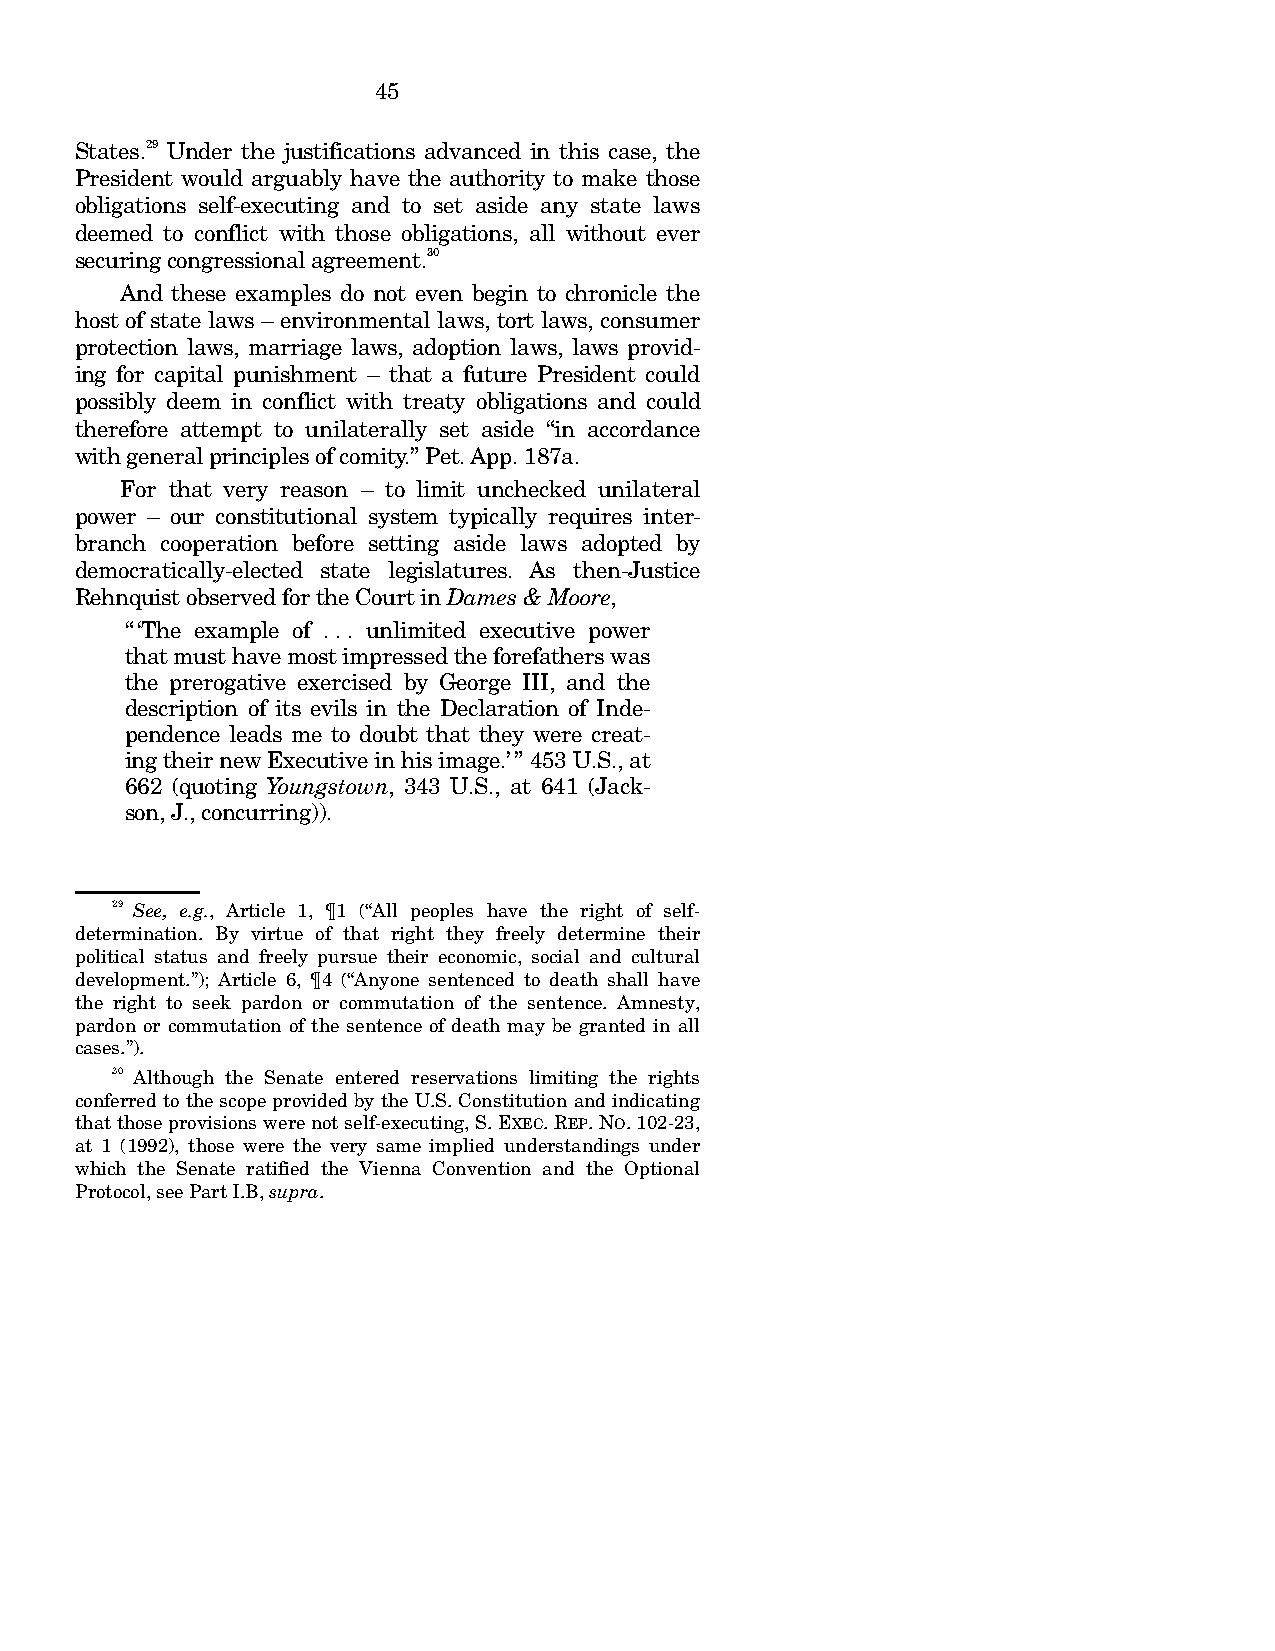
45
 States.29 Under the justifications advanced in this case, the
 President would arguably have the authority to make those
 obligations self-executing and to set aside any state laws
 deemed to conflict with those obligations, all without ever
 securing congressional agreement.30
 And these examples do not even begin to chronicle the
 host of state laws – environmental laws, tort laws, consumer
 protection laws, marriage laws, adoption laws, laws provid-
 ing for capital punishment – that a future President could
 possibly deem in conflict with treaty obligations and could
 therefore attempt to unilaterally set aside “in accordance
 with general principles of comity.” Pet. App. 187a.
 For that very reason – to limit unchecked unilateral
 power – our constitutional system typically requires inter-
 branch cooperation before setting aside laws adopted by
 democratically-elected state legislatures. As then-Justice
 Rehnquist observed for the Court in Dames & Moore,
 “‘The example of . . . unlimited executive power
 that must have most impressed the forefathers was
 the prerogative exercised by George III, and the
 description of its evils in the Declaration of Inde-
 pendence leads me to doubt that they were creat-
 ing their new Executive in his image.’” 453 U.S., at
 662 (quoting Youngstown, 343 U.S., at 641 (Jack-
 son, J., concurring)).
 29 See, e.g., Article 1, ¶1 (“All peoples have the right of self-
 determination. By virtue of that right they freely determine their
 political status and freely pursue their economic, social and cultural
 development.”); Article 6, ¶4 (“Anyone sentenced to death shall have
 the right to seek pardon or commutation of the sentence. Amnesty,
 pardon or commutation of the sentence of death may be granted in all
 cases.”).
 30 Although the Senate entered reservations limiting the rights
 conferred to the scope provided by the U.S. Constitution and indicating
 that those provisions were not self-executing, S. EXEC. REP. NO. 102-23,
 at 1 (1992), those were the very same implied understandings under
 which the Senate ratified the Vienna Convention and the Optional
 Protocol, see Part I.B, supra.